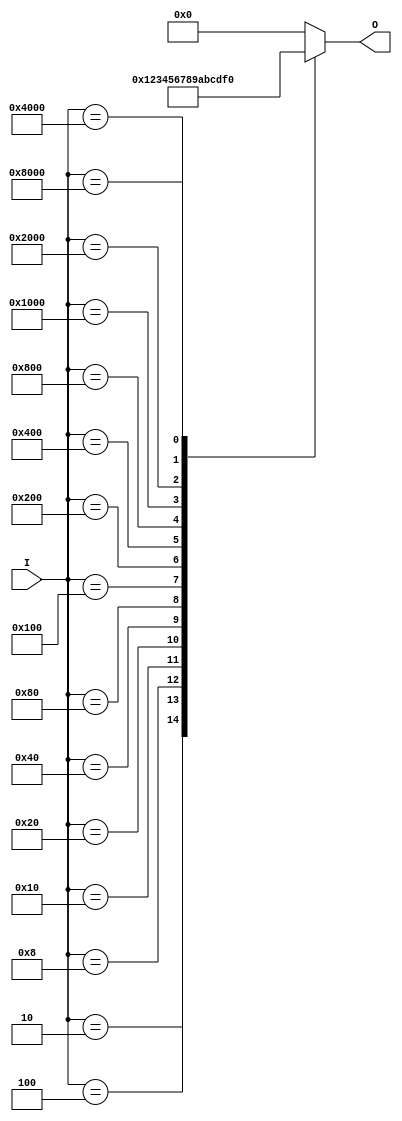
module hex_to_bin_encoder (
    input wire [15:0] I,  // 16 input lines for hexadecimal digits
    output reg [3:0] O    // 4 output lines for binary representation
);

    always @(*) begin
        case (I)
            16'b0000_0000_0000_0001: O = 4'b0000; // I0
            16'b0000_0000_0000_0010: O = 4'b0001; // I1
            16'b0000_0000_0000_0100: O = 4'b0010; // I2
            16'b0000_0000_0000_1000: O = 4'b0011; // I3
            16'b0000_0000_0001_0000: O = 4'b0100; // I4
            16'b0000_0000_0010_0000: O = 4'b0101; // I5
            16'b0000_0000_0100_0000: O = 4'b0110; // I6
            16'b0000_0000_1000_0000: O = 4'b0111; // I7
            16'b0000_0001_0000_0000: O = 4'b1000; // I8
            16'b0000_0010_0000_0000: O = 4'b1001; // I9
            16'b0000_0100_0000_0000: O = 4'b1010; // I10
            16'b0000_1000_0000_0000: O = 4'b1011; // I11
            16'b0001_0000_0000_0000: O = 4'b1100; // I12
            16'b0010_0000_0000_0000: O = 4'b1101; // I13
            16'b0100_0000_0000_0000: O = 4'b1110; // I14
            16'b1000_0000_0000_0000: O = 4'b1111; // I15
            default: O = 4'b0000; // Default case for invalid input
        endcase
    end

endmodule